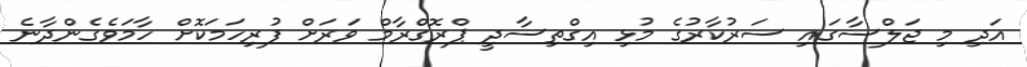
އަދި މި ޖަލްސާގައި ސަރުކާރުގެ މުޅި އިގްތިސާދީ ޕްރޮގްރާމް ވަރަށް ފުރިހަމަކޮށް ހާމަވެގެންދާނެ